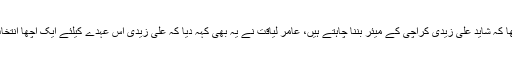
ان کا کہنا تھا کہ شاید علی زیدی کراچی کے میئر بننا چاہتے ہیں، عامر لیاقت نے یہ بھی کہہ دیا کہ علی زیدی اس عہدے کیلئے ایک اچھا انتخاب ہوں گے۔